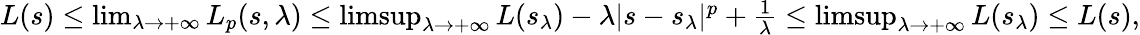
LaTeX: \begin{array}{r}{L(s)\leq\operatorname*{lim}_{\lambda\to+\infty}L_{p}(s,\lambda)\leq\operatorname*{limsup}_{\lambda\to+\infty}L(s_{\lambda})-\lambda|s-s_{\lambda}|^{p}+\frac{1}{\lambda}\leq\operatorname*{limsup}_{\lambda\to+\infty}L(s_{\lambda})\leq L(s),}\end{array}